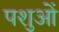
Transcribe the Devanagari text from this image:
पशुआें